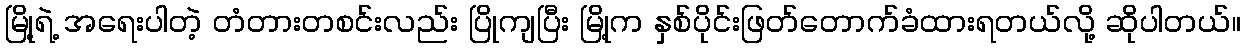
မြို့ရဲ့ အရေးပါတဲ့ တံတားတစင်းလည်း ပြိုကျပြီး မြို့က နှစ်ပိုင်းဖြတ်တောက်ခံထားရတယ်လို့ ဆိုပါတယ်။